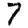
Digit: 7